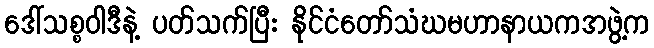
ဒေါ်သစ္စဝါဒီနဲ့ ပတ်သက်ပြီး နိုင်ငံတော်သံဃမဟာနာယကအဖွဲ့က